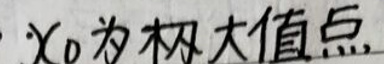
$x_0$为极大值点